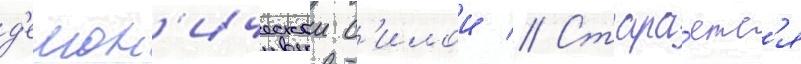
д'емон'ическои с'илои // Стара́етс'я